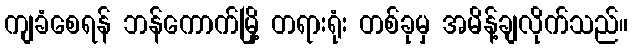
ကျခံစေရန် ဘန်ကောက်မြို့ တရားရုံး တစ်ခုမှ အမိန့်ချလိုက်သည်။